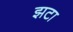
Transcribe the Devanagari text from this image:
झटा